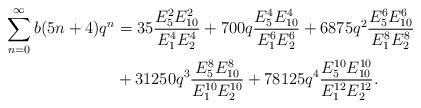
LaTeX: \begin{align*}\sum_{n=0}^{\infty}b(5n+4)q^{n}&=35\dfrac{E_{5}^{2}E_{10}^{2}}{E_{1}^{4}E_{2}^{4}}+700q \dfrac{E_{5}^{4}E_{10}^{4}}{E_{1}^{6}E_{2}^{6}}+6875 q^2 \dfrac{E_{5}^{6}E_{10}^{6}}{E_{1}^{8}E_{2}^{8}}\\&+31250 q^3 \dfrac{E_{5}^{8}E_{10}^{8}}{E_{1}^{10}E_{2}^{10}}+78125 q^4 \dfrac{E_{5}^{10}E_{10}^{10}}{E_{1}^{12}E_{2}^{12}}.\end{align*}